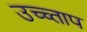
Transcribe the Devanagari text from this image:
उच्च्ताप